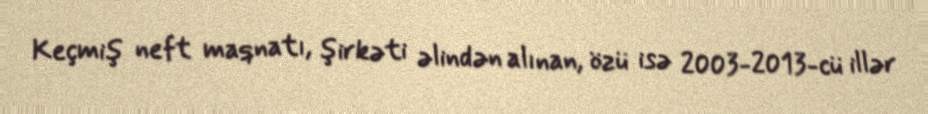
Keçmiş neft maqnatı, şirkəti əlindən alınan, özü isə 2003-2013-cü illər